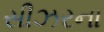
સીઝરના